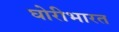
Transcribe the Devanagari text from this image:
घोरीभारत